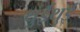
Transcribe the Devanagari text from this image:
थुईथुई